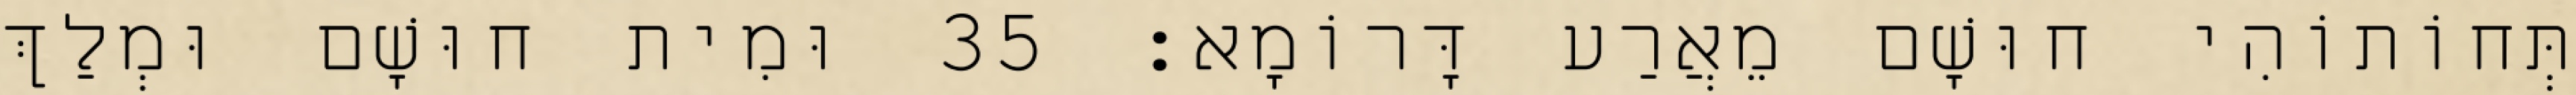
תְּחוֹתוֹהִי חוּשָׁם מֵאֲרַע דָּרוֹמָא׃ 35 וּמִית חוּשָׁם וּמְלַךְ